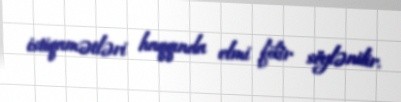
istiqamətləri haqqında elmi fikir söylənilir.